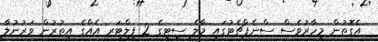
އެގޮތުން މިހާރުވެސް ސްނެޕްޗެޓުގައި މާލެ ސިޓީގެ 2 ފިލްޓަރ އެއްގެ އިތުރުން ވަރުނުލާ